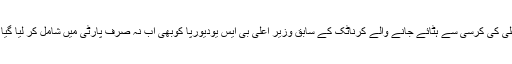
بی جے پی کے لئے اب زمین گھوٹالہ اور مائنس گھوٹالہ میں ملوث پائے جانے پر وزیر اعلیٰ کی کرسی سے ہٹائے جانے والے کرناٹک کے سابق وزیر اعلیٰ بی ایس یودیورپّا کوبھی اب نہ صرف پارٹی میں شامل کر لیا گیا ہے، بلکہ انھیں کرناٹک کے اگلے وزیر اعلیٰ کی کرسی کی بھی پیش کش کر دی گئی ہے۔